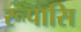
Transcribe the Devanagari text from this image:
रूपासि